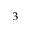
^ 3